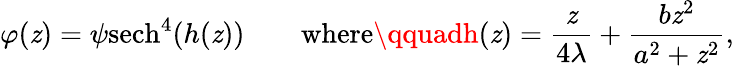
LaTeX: \varphi(\mathit{z})={\psi}\mathrm{{sech}}^{4}(h(\mathit{z}))\qquad\mathrm{{where}}\qquadh(\mathit{z})={\frac{{\mathit{z}}}{{4\lambda}}}+{\frac{{b\mathit{z}^{2}}}{{a^{2}+\mathit{z}^{2}}}},